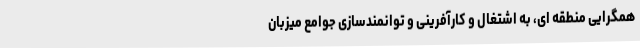
همگرایی منطقه ای، به اشتغال و کارآفرینی و توانمندسازی جوامع میزبان